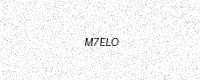
Text: M7ELO